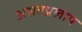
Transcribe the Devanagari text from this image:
असतप्रलाप